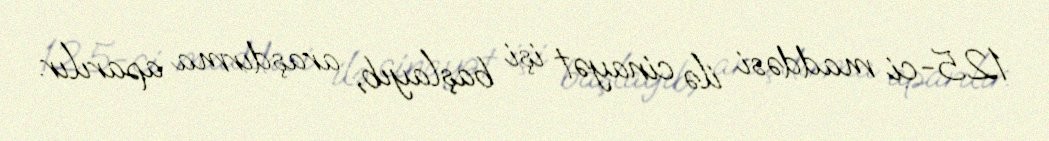
125-ci maddəsi ilə cinayət işi başlayıb, araşdırma aparılır.